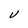
Character: V